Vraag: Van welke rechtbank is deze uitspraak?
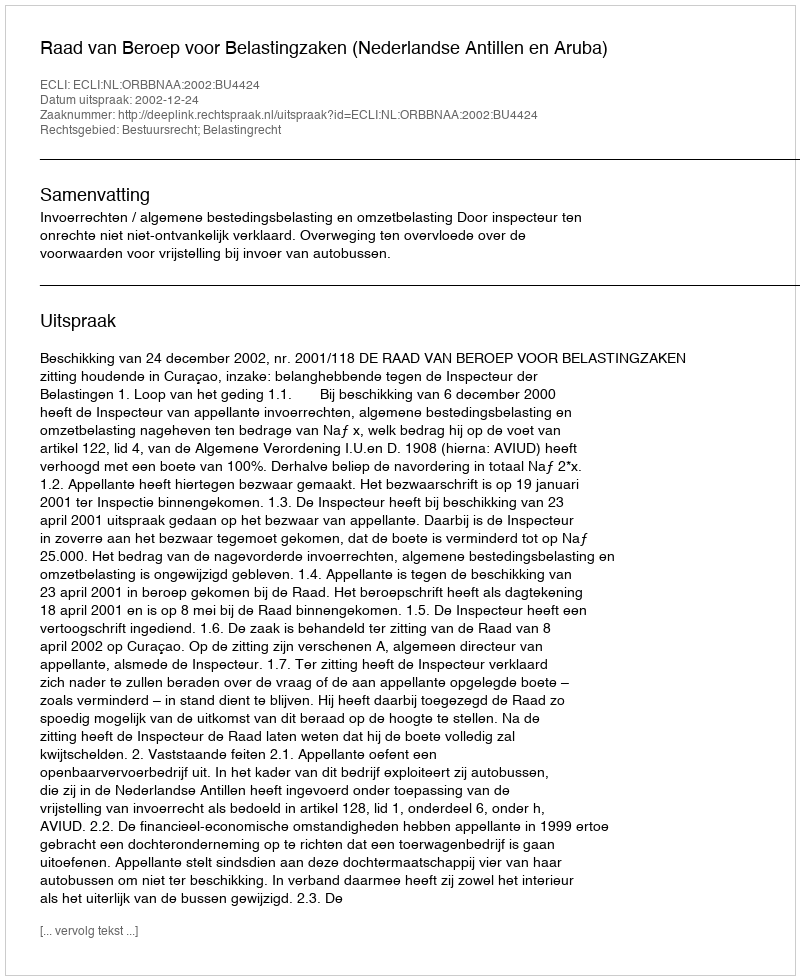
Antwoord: Raad van Beroep voor Belastingzaken (Nederlandse Antillen en Aruba)